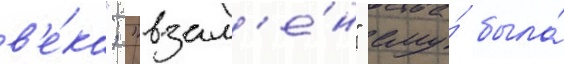
в'е́ка"; "взам'е́н" ему́ была́